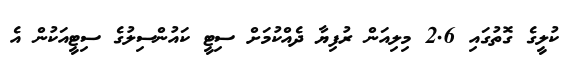
ކުލީގެ ގޮތުގައި 2.6 މިލިއަން ރުފިޔާ ދެއްކުމަށް ސިޓީ ކައުންސިލުގެ ސިޓީއަކުން އެ